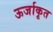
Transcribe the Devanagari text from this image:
ऊर्जाकृत